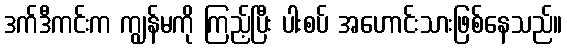
ဒက်ဒီကင်းက ကျွန်မကို ကြည့်ပြီး ပါးစပ် အဟောင်းသားဖြစ်နေသည်။